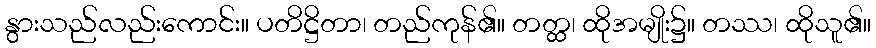
နွားသည်လည်းကောင်း။ ပတိဋ္ဌိတာ၊ တည်ကုန်၏။ တတ္ထ၊ ထိုအမျိုး၌။ တဿ၊ ထိုသူ၏။